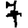
Digit: 7